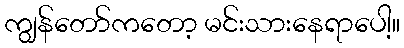
ကျွန်တော်ကတော့ မင်းသားနေရာပေါ့။